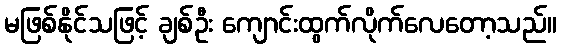
မဖြစ်နိုင်သဖြင့် ချစ်ဦး ကျောင်းထွက်လိုက်လေတော့သည်။